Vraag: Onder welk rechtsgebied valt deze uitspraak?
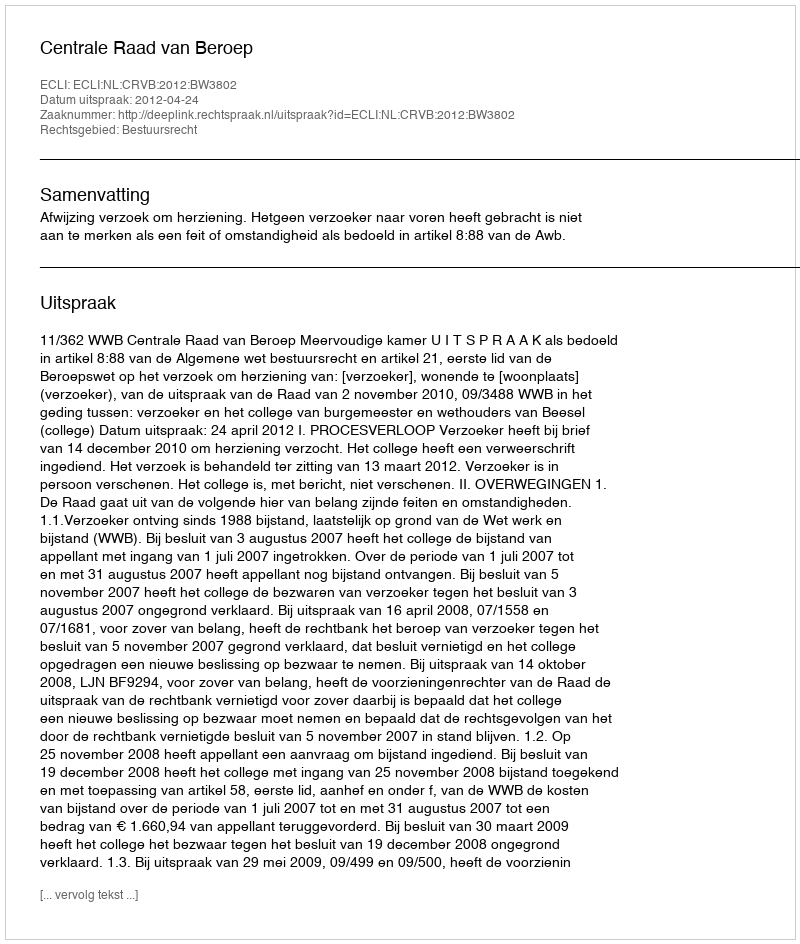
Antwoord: Bestuursrecht